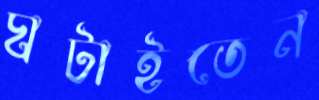
ঘটাইতেন